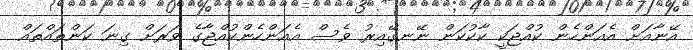
އޭނާއަށް އެއަންހެން ކުއްޖަކީ ކާކުކަން ނޭނގޭއިރު ވެސް އެއަންހެންކުއްޖާގެ ވަރަށް ގިނަ ކަންތައްތައް